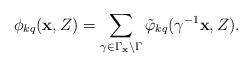
LaTeX: \begin{align*} \phi_{kq}(\mathbf{x}, Z) = \sum_{\gamma \in \Gamma_\mathbf{x} \backslash \Gamma} \tilde{\varphi}_{kq} (\gamma^{-1} \mathbf{x}, Z).\end{align*}